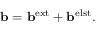
\mathbf b = \mathbf b ^ { \mathrm { e x t } } + \mathbf b ^ { \mathrm { e l s t } } .